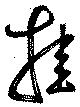
挂